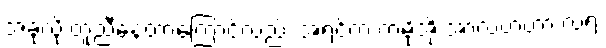
အခုလို တူညီနေတာကြောင့်လည်း အရင်က ကမိုအို အာလဗာဟာ လရဲ့